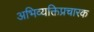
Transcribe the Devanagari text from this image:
अभिव्यक्तिप्रचारक